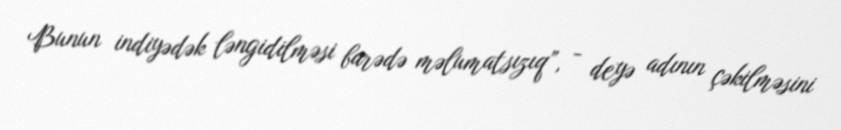
Bunun indiyədək ləngidilməsi barədə məlumatsızıq”, - deyə adının çəkilməsini